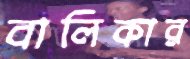
বালিকার